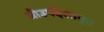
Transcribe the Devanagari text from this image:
श्रीउपदेशामृत